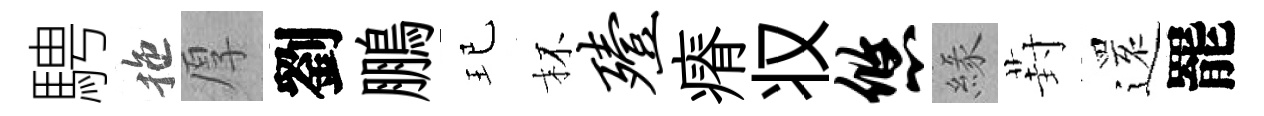
騁拖厚劉鵬玘杯殪瘠𠬧悠緣葑𮟃罷